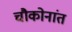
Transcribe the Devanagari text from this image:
चौकोनांत